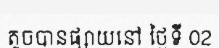
តូចបានផ្សាយនៅ ថ្ងៃទី 02